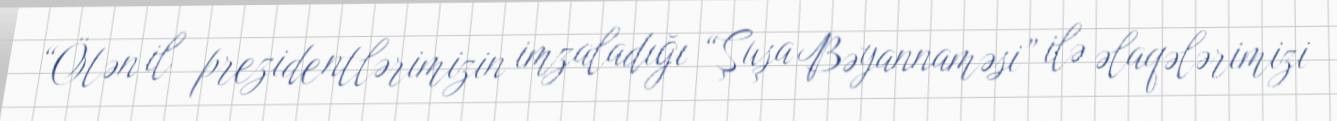
“Ötən il prezidentlərimizin imzaladığı “Şuşa Bəyannaməsi” ilə əlaqələrimizi